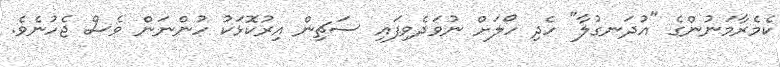
ކެމެރާމަނުންގެ "އުދަނގުލާ" ހެދި ހޯލަށް ނުވަދެވިފައި ސަޗިން އިރުކޮޅަކު ހުންނަން ވެސް ޖެހުނެވެ.